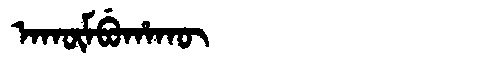
Manchu: ᠠᡴᡡᠮᠪᡠᡥᠠᡴᡡ
Romanization: AKŪMBUHAKŪ